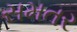
સમતર